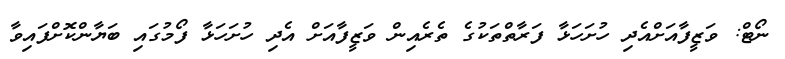
ނޯޓް: ވަޒީފާއަށްއެދި ހުށަހަޅާ ފަރާތްތަކުގެ ތެރެއިން ވަޒީފާއަށް އެދި ހުށަހަޅާ ފޯމުގައި ބަޔާންކޮށްފައިވާ